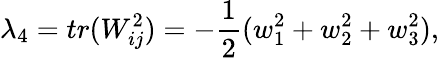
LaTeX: \lambda_{4}=tr(W_{ij}^{2})=-\frac 12(w_{1}^{2}+w_{2}^{2}+w_{3}^{2}),